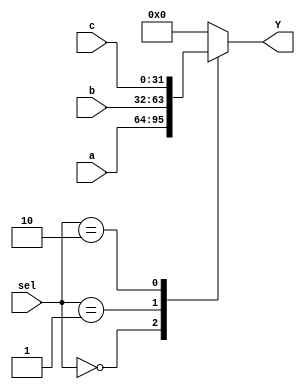
`timescale 1ns / 1ps
//////////////////////////////////////////////////////////////////////////////////
// Company: 
// Engineer: 
// 
// Design Name: 
// Module Name: MUX4x1
// Project Name: 
// Target Devices: 
// Tool Versions: 
// Description: 
// 
// Dependencies: 
// 
// Revision:
// Revision 0.01 - File Created
// Additional Comments:
// 
//////////////////////////////////////////////////////////////////////////////////


module MUX4x1(
        input [31:0] a, b, c,
        input [1:0] sel,
        output reg [31:0] Y
    );
    
    always @(*) begin
        case(sel)
            2'b00: Y = a;
            2'b01: Y = b;
            2'b10: Y = c;
            default: Y = 32'b0;
        endcase
    end
    
endmodule